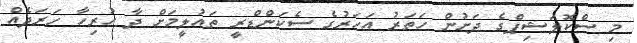
މި ސްކޮލަޝިޕްގެ ދަށުން ހަތަރު އަހަރުގެ ސެކަންޑްރީ ތައުލީމަށް ދާ ހުރިހާ ހަރަދެއް